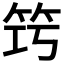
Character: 𥬤